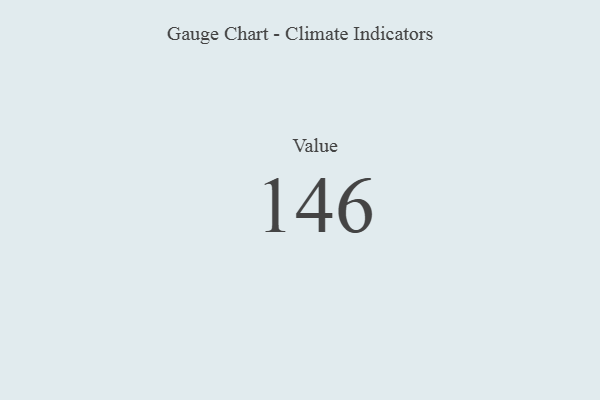
{"axis": {"x": "Metric", "y": "Value"}, "legend": [""], "data": [{"x": "Value", "y": 146, "type": ""}]}